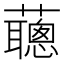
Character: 𧃿